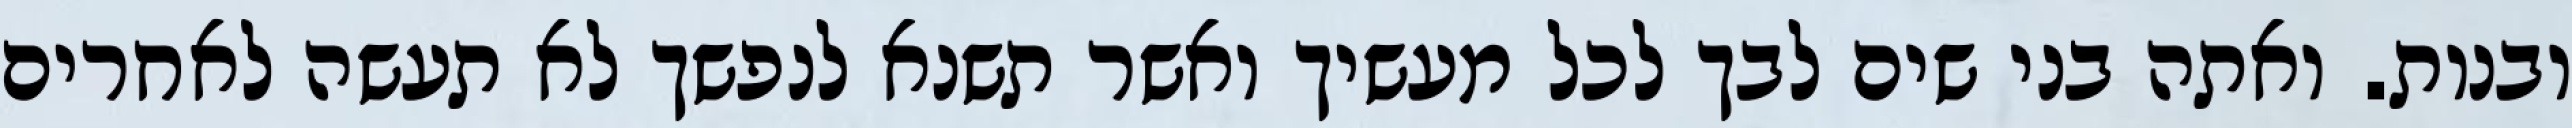
ובנות. ואתה בני שים לבך לכל מעשיך ואשר תשנא לנפשך לא תעשה לאחרים